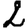
Digit: 2